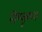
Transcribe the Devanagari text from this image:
निष्कृष्य